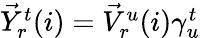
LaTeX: \begin{array}{r}{\vec{Y}_{r}^{t}(i)=\vec{V}_{r}^{u}(i)\gamma_{u}^{t}}\end{array}